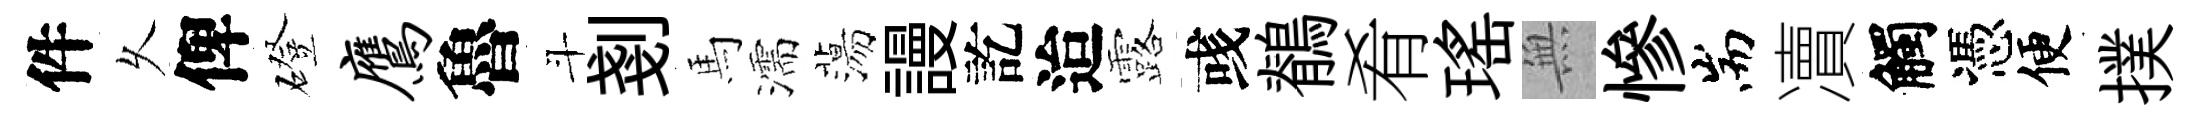
件乆俾磴鹰魯斗剗馬濡蕩謾訖迨露彧鶺肴瑤𭴾慘耑凟觸憑便撲